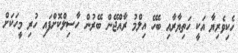
ހެކިވެރިޔާ އަކީ ހަތިޔާރާއި ބެހޭ އިލްމު ރާއްޖޭން ބޭރުން ހާސިލްކޮށްފައި ހުރި މީހަކަށް